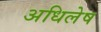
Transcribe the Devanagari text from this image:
अधिलेष